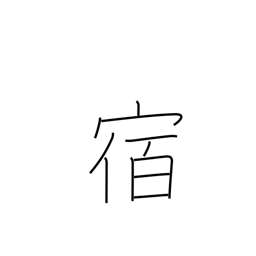
Meaning: lodge